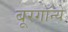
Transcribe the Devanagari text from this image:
बूरगॉन्ये